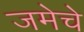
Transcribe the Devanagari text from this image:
जमेचे